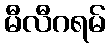
မီလီဂရမ်